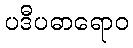
ပဒီပဓာရောဝ